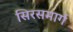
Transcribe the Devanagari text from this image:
सिरसमार्ग